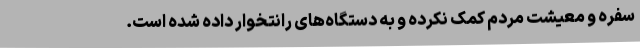
سفره و معیشت مردم کمک نکرده و به دستگاه‌های رانتخوار داده شده است.